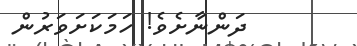
ދަންނާށެވެ! ހަމަކަށަވަރުން